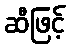
ဆီဖြင့်